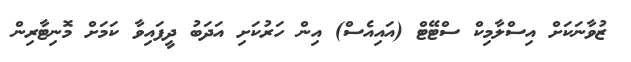
ޒުވާނަކަށް އިސްލާމިކް ސްޓޭޓް (އައިއެސް) އިން ހަރުކަށި އަދަބު ދީފައިވާ ކަމަށް މޮނިޓާރިން